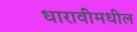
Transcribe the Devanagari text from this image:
धारावीमधील